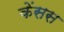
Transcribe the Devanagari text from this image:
केंसस